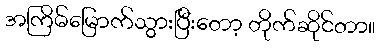
အကြိမ်မြောက်သွားပြီးတော့ တိုက်ဆိုင်တာ။